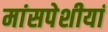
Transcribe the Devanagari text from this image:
मांसपेशीयां